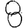
Digit: 8